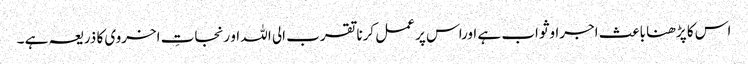
اس کا پڑھنا باعث اجراوثواب ہے اوراس پر عمل کرنا تقرب الی اللہ او رنجاتِ اخروی کا ذریعہ ہے ۔